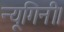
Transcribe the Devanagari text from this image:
न्यूगिनी।